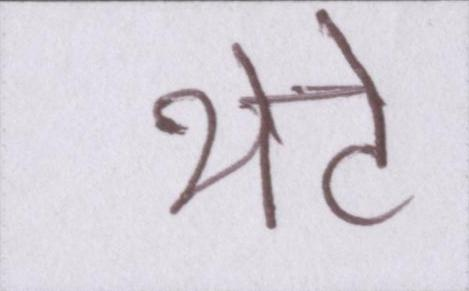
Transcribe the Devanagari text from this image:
थेटे